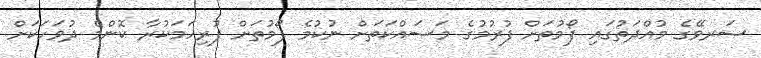
ސަރވޭގެ މުއްދަތުގައި ފޯމުތަށް ފުރުމުގެ މަސައްކަތަށް ނުކުމެ ފޯމުތަށް ފުރިހަމަކުރާ ކޮންމެ ދުވަހަކަށް